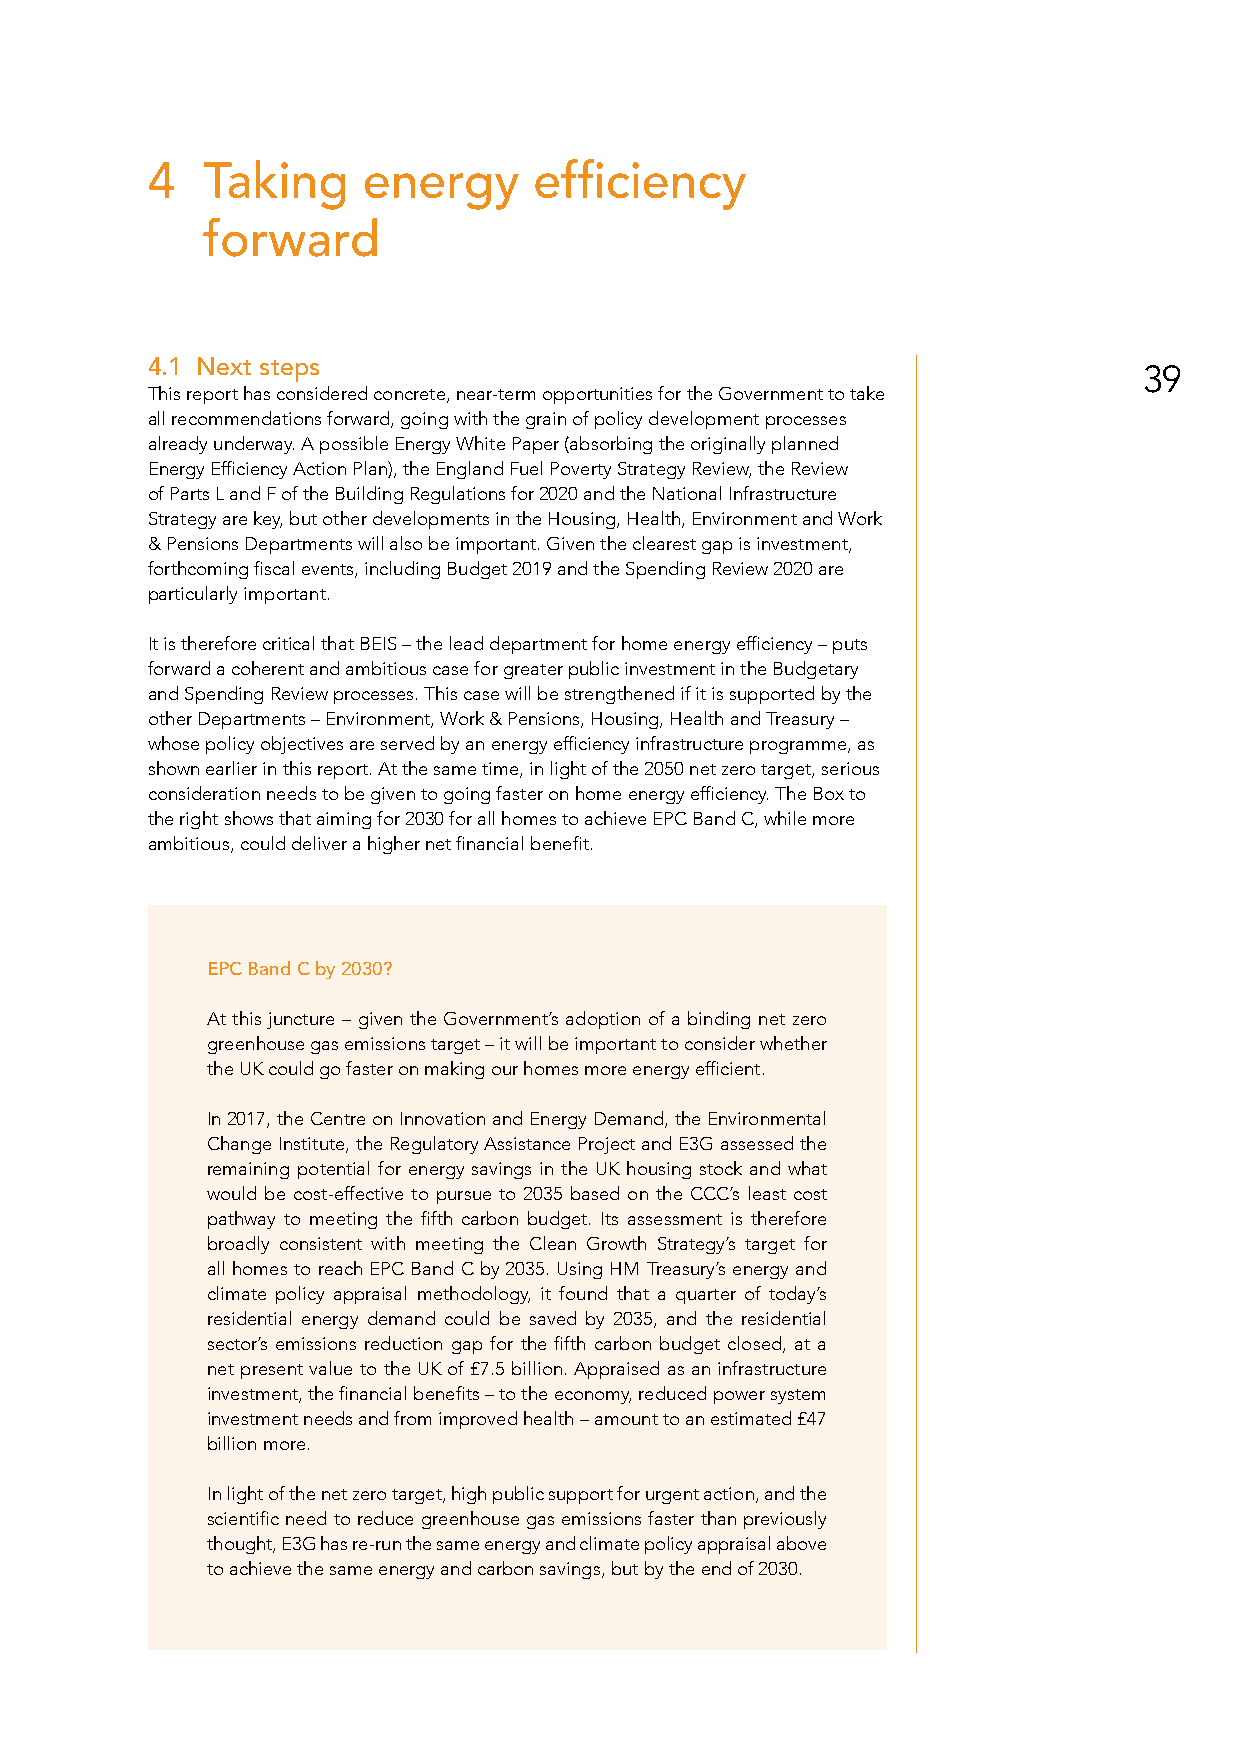
4  Taking     energy     efficiency
 forward
 4.1 Next steps                                                    39
 This report has considered concrete, near-term opportunities for the Government to take
 all recommendations forward, going with the grain of policy development processes
 already underway. A possible Energy White Paper (absorbing the originally planned
 Energy Efficiency Action Plan), the England Fuel Poverty Strategy Review, the Review
 of Parts L and F of the Building Regulations for 2020 and the National Infrastructure
 Strategy are key, but other developments in the Housing, Health, Environment and Work
 & Pensions Departments will also be important. Given the clearest gap is investment,
 forthcoming fiscal events, including Budget 2019 and the Spending Review 2020 are
 particularly important.
 It is therefore critical that BEIS – the lead department for home energy efficiency – puts
 forward a coherent and ambitious case for greater public investment in the Budgetary
 and Spending Review processes. This case will be strengthened if it is supported by the
 other Departments – Environment, Work & Pensions, Housing, Health and Treasury –
 whose policy objectives are served by an energy efficiency infrastructure programme, as
 shown earlier in this report. At the same time, in light of the 2050 net zero target, serious
 consideration needs to be given to going faster on home energy efficiency. The Box to
 the right shows that aiming for 2030 for all homes to achieve EPC Band C, while more
 ambitious, could deliver a higher net financial benefit.
 EPC Band C by 2030?
 At this juncture – given the Government’s adoption of a binding net zero
 greenhouse gas emissions target – it will be important to consider whether
 the UK could go faster on making our homes more energy efficient.
 In 2017, the Centre on Innovation and Energy Demand, the Environmental
 Change Institute, the Regulatory Assistance Project and E3G assessed the
 remaining potential for energy savings in the UK housing stock and what
 would be cost-effective to pursue to 2035 based on the CCC’s least cost
 pathway to meeting the fifth carbon budget. Its assessment is therefore
 broadly consistent with meeting the Clean Growth Strategy’s target for
 all homes to reach EPC Band C by 2035. Using HM Treasury’s energy and
 climate policy appraisal methodology, it found that a quarter of today’s
 residential energy demand could be saved by 2035, and the residential
 sector’s emissions reduction gap for the fifth carbon budget closed, at a
 net present value to the UK of £7.5 billion. Appraised as an infrastructure
 investment, the financial benefits – to the economy, reduced power system
 investment needs and from improved health – amount to an estimated £47
 billion more.
 In light of the net zero target, high public support for urgent action, and the
 scientific need to reduce greenhouse gas emissions faster than previously
 thought, E3G has re-run the same energy and climate policy appraisal above
 to achieve the same energy and carbon savings, but by the end of 2030.